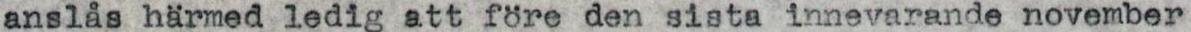
anslås härmed ledig att före den sista innevarande november